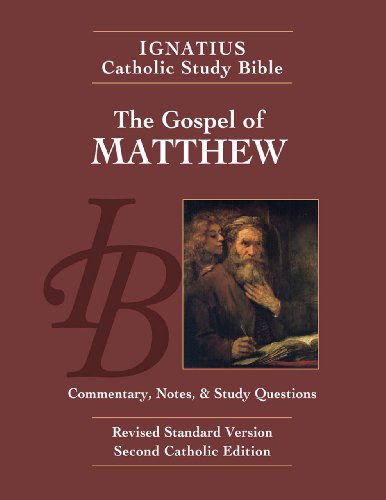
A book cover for The Gospel According to Matthew (2nd Ed.) (The Ignatius Catholic Study Bible); Scott Hahn; Reference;